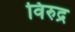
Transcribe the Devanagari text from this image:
विरुद्र